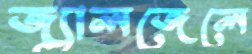
জ্যালজেলে